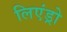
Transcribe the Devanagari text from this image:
लिएंड्रो